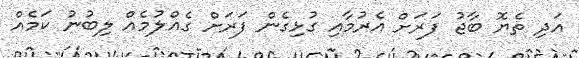
އަދި ތެޔޮ ބާޖު ފަރަށް އެރުމާއި ގުޅިގެން ފަރަށް ގެއްލުމެއް ލިބުނު ކަމެއް